Vaccination returns of the Province of Eastern Bengal and Assam - 1905-1912
Year: 1905
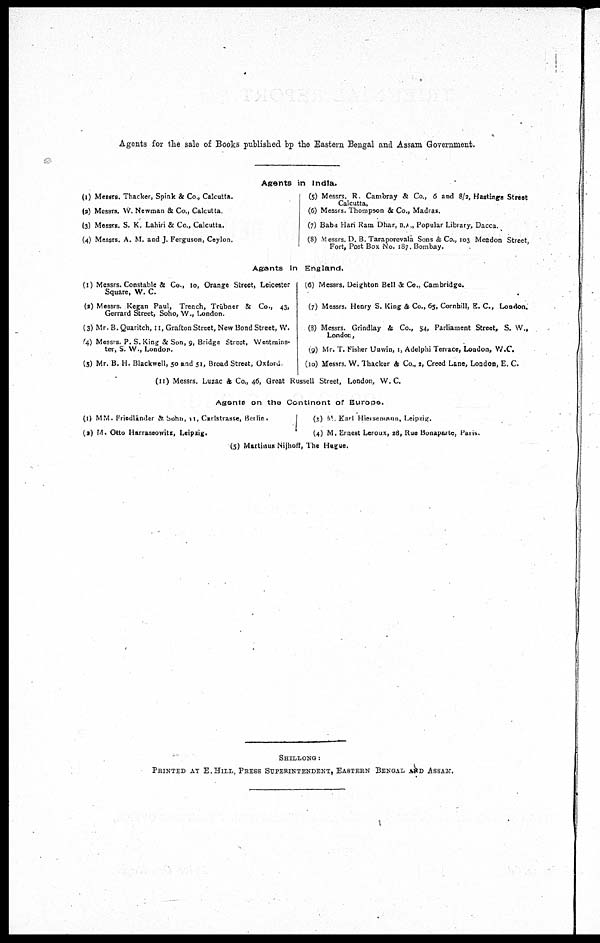
Agents for the sale of Books published bp the Eastern Bengal and Assam Government.
Agents in India.
(1) Messrs. Thacker, Spink & Co., Calcutta.
(2) Messrs. W. Newman & Co., Calcutta.
(3) Messrs. S. K. Lahiri & Co., Calcutta.
(4) Messrs. A. M. and J. Ferguson, Ceylon.
(5) Messrs. R. Cambray & Co., 6 and 8/2, Hastings Street
Calcutta,
(6) Messrs. Thompson & Co., Madras.
(7) Babu Hari Ram Dhar, B.A ., Popular Library, Dacca.
(8) Messrs. D. B. Taraporevala Sons & Co., 103 Meadon Street,
Fort, Post Box No. 187. Bombay.
Agents In England.
(1) Messrs. Constable & Co., to, Orange Street, Leicester
Square, W. C.
(2) Messrs. Kegan Paul, Trench, Trübner & Co., 43,
Gerrard Street, Soho, W., London.
(3) Mr. B. Quaritch, 11, Grafton Street, New Bond Street, W.
(4) Messrs. P. S. King &Son, 9, Bridge Street, Westmins-
ter, S. W., London.
(5) Mr. B. H. Blackwell, 50 and 51, Broad Street, Oxford.
(6) Messrs. Deighton Bell & Co., Cambridge.
(7) Messrs. Henry S. King & Co., 65, Cornhill, E. C., London.
(8) Messrs. Grindlay & Co., 54, Parliament Street, S. W.,
London,
(9) Mr. T. Fisher Unwin, 1, Adelphi Terrace, London, W.C.
(10) Messrs. W. 1 Thacker & Co., 2, Creed Lane, London, E. C.
(11) Messrs. Luzac & Co., 46, Great Russell Street, London, W.C.
Agents on the Continent of Europe.
(1) MM. Friedläder & Sohn, 11, Carlstrasse, Berlin.
(2) M. Otto Harrassowitz, Leipzig.
(3) M. Karl Hiersemann, Leipzig.
(4) M. Ernest Leroux, 28, Rue Bonaparte, Paris.
(5) Martinus Nijhoff, The Hague.
SHILLONG :
PRINTED AT E.HILL, PRESS SUPERINTENDENT, EASTERN BENGAL AND ASSAM.